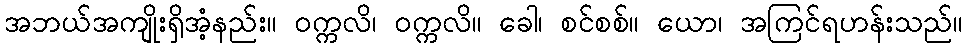
အဘယ်အကျိုးရှိအံ့နည်း။ ဝက္ကလိ၊ ဝက္ကလိ။ ခေါ၊ စင်စစ်။ ယော၊ အကြင်ရဟန်းသည်။